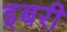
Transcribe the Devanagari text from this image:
इबरी